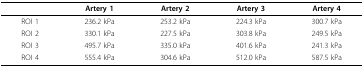
<table><thead><tr><td></td><td><b>Artery 1</b></td><td><b>Artery 2</b></td><td><b>Artery 3</b></td><td><b>Artery 4</b></td></tr></thead><tbody><tr><td>ROI 1</td><td>236.2 kPa</td><td>253.2 kPa</td><td>224.3 kPa</td><td>300.7 kPa</td></tr><tr><td>ROI 2</td><td>330.1 kPa</td><td>227.5 kPa</td><td>303.8 kPa</td><td>249.5 kPa</td></tr><tr><td>ROI 3</td><td>495.7 kPa</td><td>335.0 kPa</td><td>401.6 kPa</td><td>241.3 kPa</td></tr><tr><td>ROI 4</td><td>555.4 kPa</td><td>304.6 kPa</td><td>512.0 kPa</td><td>587.5 kPa</td></tr></tbody></table>